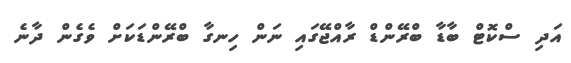
އަދި ސްކޮޓް ބާޑާ ބްރޭންޑް ރާއްޖޭގައި ނަން ހިނގާ ބްރޭންޑަކަށް ވެގެން ދާނެ